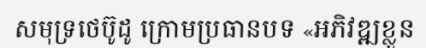
សមុទ្រថេប៊ូដូ ក្រោមប្រធានបទ «អភិវឌ្ឍខ្លួន